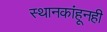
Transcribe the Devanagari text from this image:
स्थानकांहूनही